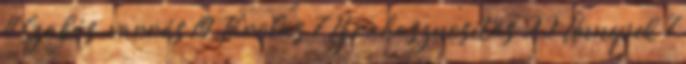
11 Szabás-varrás 19 Tárolás 7 Újrahasznosítás 22 Ünnepek 7